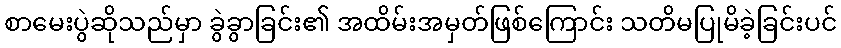
စာမေးပွဲဆိုသည်မှာ ခွဲခွာခြင်း၏ အထိမ်းအမှတ်ဖြစ်ကြောင်း သတိမပြုမိခဲ့ခြင်းပင်